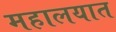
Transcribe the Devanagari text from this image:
महालयात